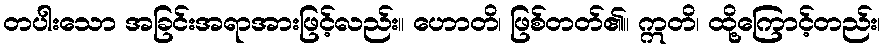
တပါးသော အခြင်းအရာအားဖြင့်လည်း။ ဟောတိ၊ ဖြစ်တတ်၏။ ဣတိ၊ ထို့ကြောင့်တည်း၊